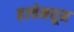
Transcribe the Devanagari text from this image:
हत्येमधून